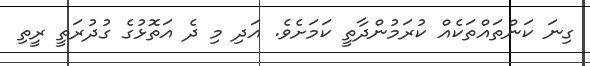
ގިނަ ކަންތައްތަކެއް ކުރަމުންދާތީ ކަމަށެވެ. އަދި މި ދެ އަތޮޅުގެ ގުދުރަތީ ރީތި